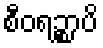
စီဝရဉ္စာပိ